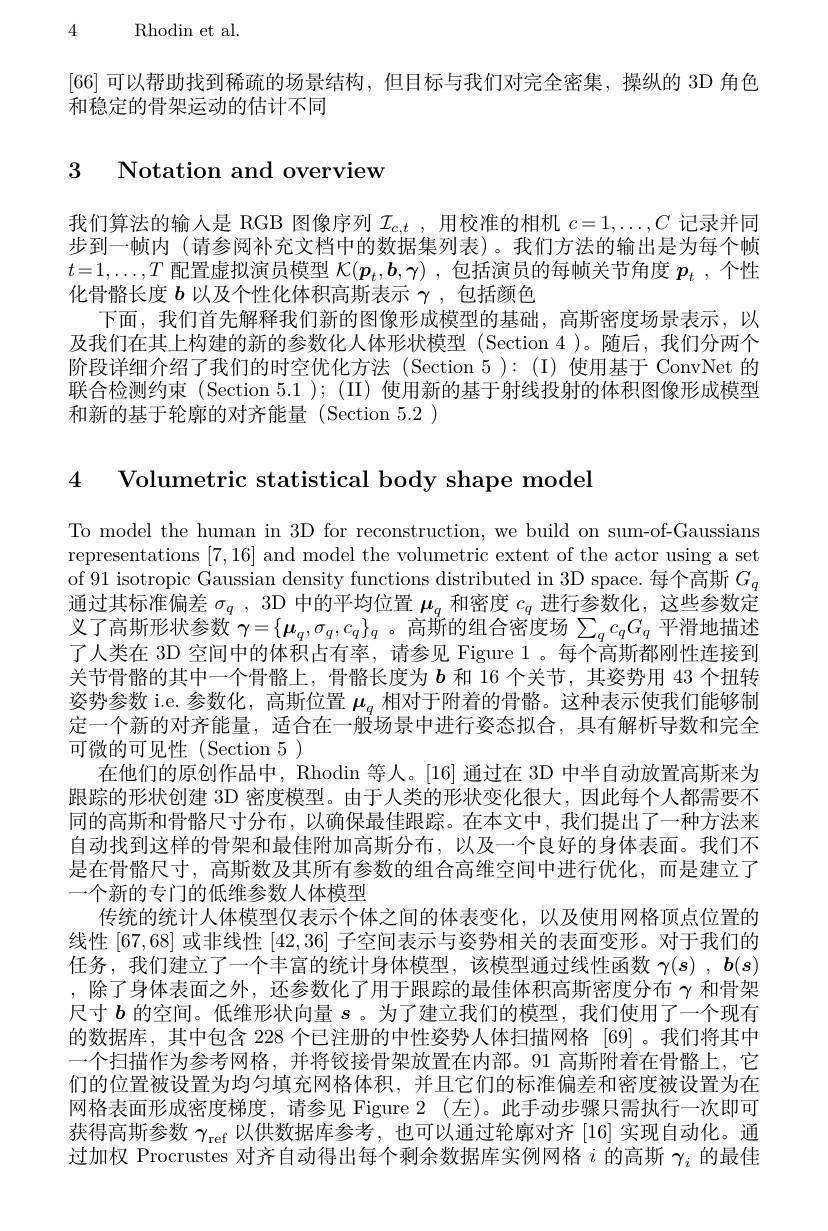
4 Rhodin et al.

[66]可以帮助找到稀疏的场景结构，但目标与我们对完全密集，操纵的 3D 角色
和稳定的骨架运动的估计不同

# 3 Notation and overview

我们算法的输入是 RGB 图像序列$\mathcal{I} _c, t$ , 用校准的相机$c=1,\ldots,C$记录并同步到一帧内(请参阅补充文档中的数据集列表)。我们方法的输出是为每个帧$t=1,\ldots,T$配置虚拟演员模型$\mathcal{K}(\boldsymbol{p}_t,\boldsymbol{b},\boldsymbol{\gamma})$ ,包括演员的每帧关节角度$p_t$ ,个性化骨骼长度$b$以及个性化体积高斯表示$\gamma$,包括颜色
下面，我们首先解释我们新的图像形成模型的基础，高斯密度场景表示，以及我们在其上构建的新的参数化人体形状模型 (Section 4 )。随后，我们分两个阶段详细介绍了我们的时空优化方法 (Section 5 ):(I)使用基于 ConvNet 的联合检测约束 (Section 5.1 ); (II) 使用新的基于射线投射的体积图像形成模型和新的基于轮廓的对齐能量(Section 5.2)

4 Volumetric statistical body shape model

To model the human in 3D for reconstruction, we build on sum-of-Gaussians representations [7,16] and model the volumetric extent of the actor using a set of 91 isotropic Gaussian density functions distributed in 3D space. 每个高斯$G_q$ 通过其标准偏差$\sigma_q$, 3D 中的平均位置$\mu_q$和密度$c_q$进行参数化，这些参数定义了高斯形状参数$\gamma=\{\boldsymbol{\mu}_q,\sigma_q,c_q\}_q$ 。高斯的组合密度场$\sum_qc_qG_q$平滑地描述了人类在 3D 空间中的体积占有率，请参见 Figure 1。每个高斯都刚性连接到关节骨骼的其中一个骨骼上，骨骼长度为$b$和 16 个关节，其姿势用 43 个扭转姿势参数 i.e. 参数化，高斯位置$\boldsymbol{\mu}_q$相对于附着的骨骼。这种表示使我们能够制定一个新的对齐能量，适合在一般场景中进行姿态拟合，具有解析导数和完全可微的可见性(Section 5)
在他们的原创作品中，Rhodin 等人。[16] 通过在 3D 中半自动放置高斯来为跟踪的形状创建 3D 密度模型。由于人类的形状变化很大，因此每个人都需要不同的高斯和骨骼尺寸分布，以确保最佳跟踪。在本文中，我们提出了一种方法来自动找到这样的骨架和最佳附加高斯分布，以及一个良好的身体表面。我们不是在骨骼尺寸，高斯数及其所有参数的组合高维空间中进行优化，而是建立了一个新的专门的低维参数人体模型
传统的统计人体模型仅表示个体之间的体表变化，以及使用网格顶点位置的线性 [67,68] 或非线性[42,36]子空间表示与姿势相关的表面变形。对于我们的任务，我们建立了一个丰富的统计身体模型，该模型通过线性函数$\gamma ( s)$ , $\boldsymbol{b}( s)$ ,除了身体表面之外，还参数化了用于跟踪的最佳体积高斯密度分布$\gamma$ 和骨架尺寸$b$的空间。低维形状向量$s$ 。为了建立我们的模型，我们使用了一个现有的数据库，其中包含 228 个已注册的中性姿势人体扫描网格 [69]。我们将其中一个扫描作为参考网格，并将铰接骨架放置在内部。91 高斯附着在骨骼上，它们的位置被设置为均匀填充网格体积，并且它们的标准偏差和密度被设置为在网格表面形成密度梯度，请参见 Figure 2(左)。此手动步骤只需执行一次即可获得高斯参数$\gamma_\mathrm{ref}$以供数据库参考，也可以通过轮廓对齐[16]实现自动化。通过加权 Procrustes 对齐自动得出每个剩余数据库实例网格$i$的高斯$\gamma_i$的最佳